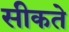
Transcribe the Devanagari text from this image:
सीकते